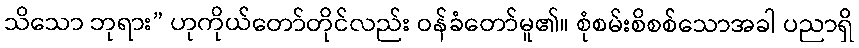
သိသော ဘုရား” ဟုကိုယ်တော်တိုင်လည်း ဝန်ခံတော်မူ၏။ စုံစမ်းစိစစ်သောအခါ ပညာရှိ